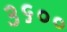
૩૬૦૦